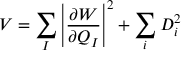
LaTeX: V = \sum _ { I } \left| \frac { \partial W } { \partial Q _ { I } } \right| ^ { 2 } + \sum _ { i } D _ { i } ^ { 2 }